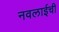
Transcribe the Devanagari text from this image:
नवलाईची